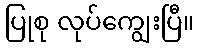
ပြုစု လုပ်ကျွေးပြီ။